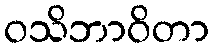
ဝသိဘာဝိတာ